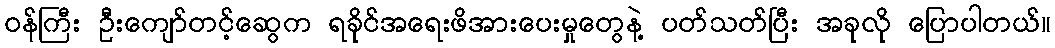
၀န်ကြီး ဦးကျော်တင့်ဆွေက ရခိုင်အရေးဖိအားပေးမှုတွေနဲ့ ပတ်သတ်ပြီး အခုလို ပြောပါတယ်။